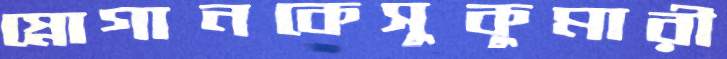
স্নোগানকেসুকুমারী